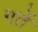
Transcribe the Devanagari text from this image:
गतें